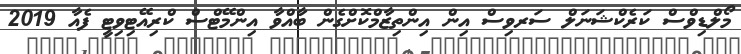
މޯލްޑިވްސް ކަރެކްޝަނަލް ސަރވިސް އިން އިންތިޒާމްކޮށްގެން ބާއްވާ އިންމޭޓްސް ކްރިއޭޓިވިޓީ ފެއާ 2019